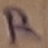
Text: R